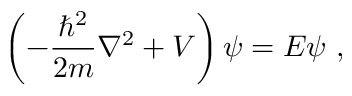
\left( - { \frac { \hbar ^ { 2 } } { 2 m } } \nabla ^ { 2 } + V \right) \psi = E \psi ~ ,